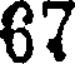
67